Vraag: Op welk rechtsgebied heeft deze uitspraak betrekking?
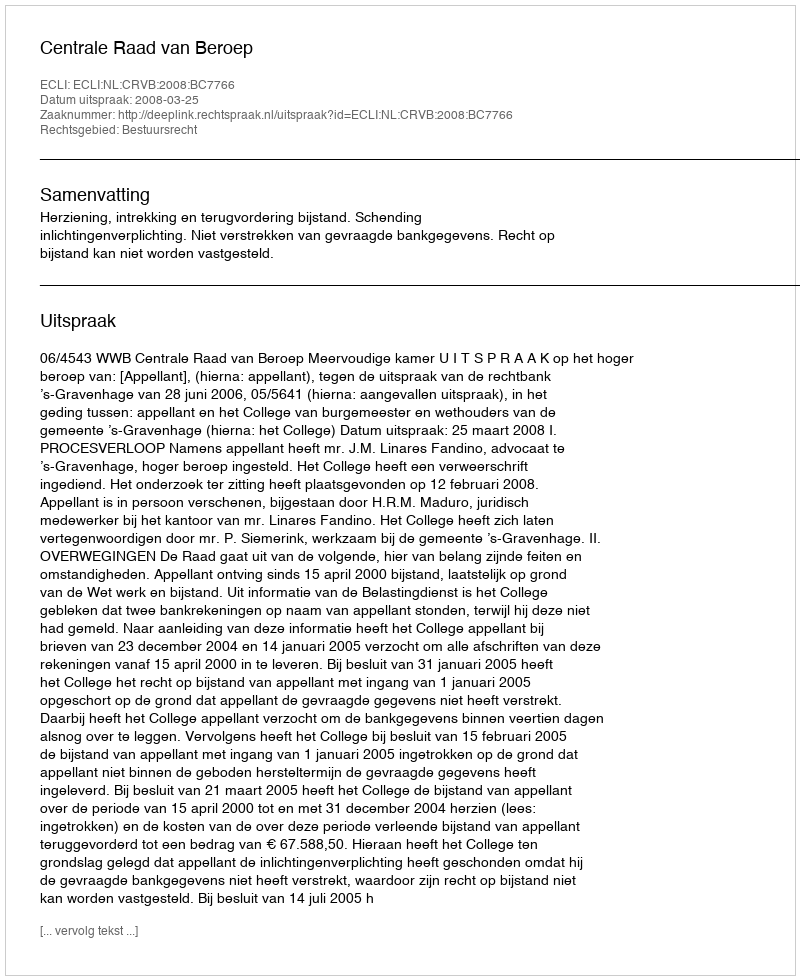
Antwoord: Bestuursrecht